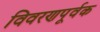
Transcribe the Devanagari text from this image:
विवरणपूर्वक